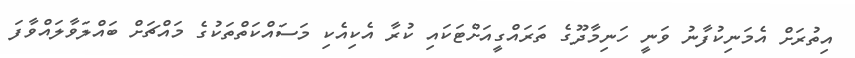
އިތުރަށް އެމަނިކުފާނު ވަނީ ހަނިމާދޫގެ ތަރައްގީއަށްޓަކައި ކުރާ އެކިއެކި މަސައްކަތްތަކުގެ މައްޗަށް ބައްލަވާލައްވާފަ